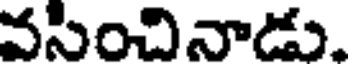
వసించినాడు.